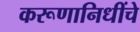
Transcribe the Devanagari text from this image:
करूणानिधींचे